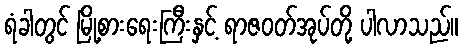
ရံခါတွင် မြို့စားရေးကြီးနှင့် ရာဇဝတ်အုပ်တို့ ပါလာသည်။